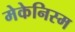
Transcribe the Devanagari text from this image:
मेकेनिस्म